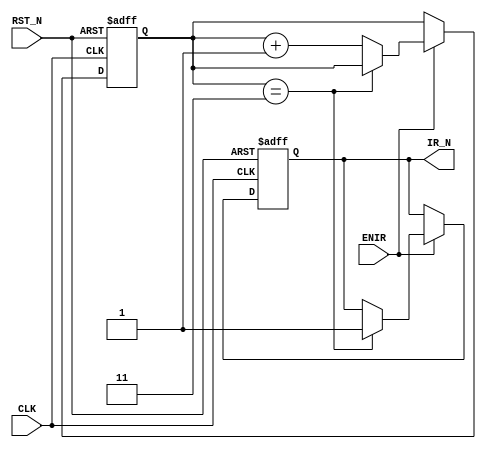
//
//
//
//ENIR
//
//////////////////////////////////////////////////////////
module IR(ENIR,RST_N,CLK,IR_N);   //
input RST_N,CLK,ENIR;
output IR_N;
reg IR_N;
reg[1:0] I_CO;
always@(posedge CLK or negedge RST_N)      //4MHz
begin
    if (~RST_N)
	 begin
	     IR_N<=1'b0;
		 I_CO<=2'b00;
	 end
    else 
	 if (ENIR == 1'b1)
	     if (I_CO == 2'b11)
	         begin I_CO<= I_CO; IR_N<=1'b1;end
	     else 
	    	   I_CO<=I_CO + 1'b1;
	else
		IR_N <= IR_N;
end
endmodule